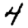
Digit: 4